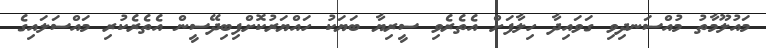
މައުލޫމާތު މުއްސަނދިވި ގަވައިދާ ހިލާފަށް އެތެރެވި ސީރިޔާ ބަޔަކު ހައްޔަރުކޮށްފިބިދޭސީން އެތެރެކުރި މައްސަލައިގެ